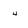
Character: 4